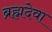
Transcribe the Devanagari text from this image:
ब्रह्मदेवा